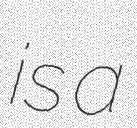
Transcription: is a